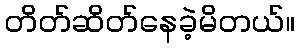
တိတ်ဆိတ်နေခဲ့မိတယ်။